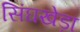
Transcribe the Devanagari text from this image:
सिंघखेड़ा